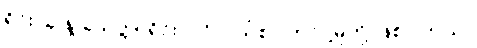
ရိုင်း၊ ခဲ နဲ့ ခဲသတ္တု ရိုင်း၊ ပင်လယ်စာ တင်ပို့မှုတို့ ဖြစ်ပါတယ်။